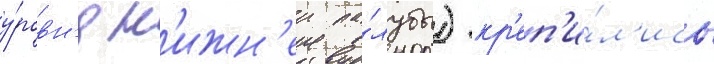
у́ровн'я н'ижн'еи па́лубы) кр'еп'и́л'ись